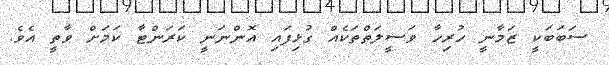
ސަބަބަކީ ޒަމާނީ ހުރިހާ ވަސީލަތްތަކެއް ގުޅިފައި އޮންނަނީ ކަރަންޓާ ކަމަށް ވާތީ އެވެ.